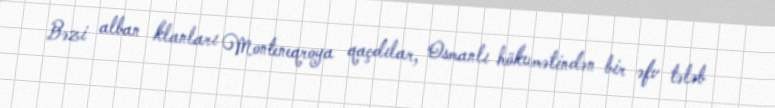
Bəzi alban klanları Monteneqroya qaçdılar, Osmanlı hökumətindən bir əfv tələb